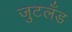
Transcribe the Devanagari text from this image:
जुटलँड